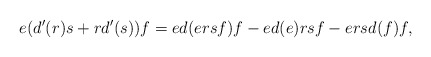
\begin{align*} e(d'(r)s+rd'(s))f=ed(ersf)f-ed(e)rsf-ersd(f)f, \end{align*}